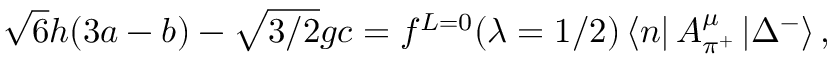
\sqrt { 6 } h ( 3 a - b ) - \sqrt { 3 / 2 } g c = f ^ { L = 0 } ( \lambda = 1 / 2 ) \left\langle { n } \right| A _ { \pi ^ { + } } ^ { \mu } \left| { \Delta } ^ { - } \right\rangle ,